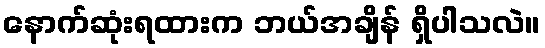
နောက်ဆုံးရထားက ဘယ်အချိန် ရှိပါသလဲ။